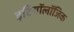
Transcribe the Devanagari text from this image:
इटियॉलॉजिक